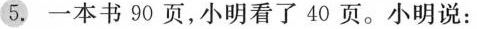
5.一本书90页，小明看了40页。小明说：